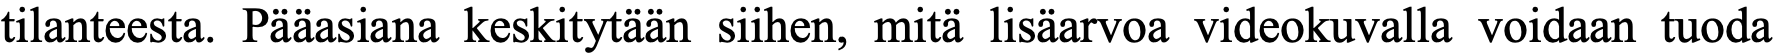
tilanteesta. Pääasiana keskitytään siihen, mitä lisäarvoa videokuvalla voidaan tuoda